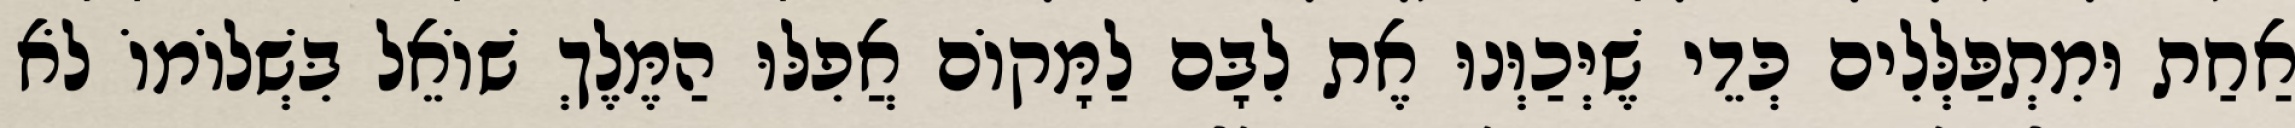
אַחַת וּמִתְפַּלְּלִים כְּדֵי שֶׁיְּכַוְּנוּ אֶת לִבָּם לַמָּקוֹם אֲפִלּוּ הַמֶּלֶךְ שׁוֹאֵל בִּשְׁלוֹמוֹ לֹא